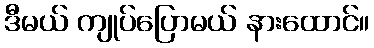
ဒီမယ် ကျုပ်ပြောမယ် နားထောင်။